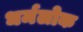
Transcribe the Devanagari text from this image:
धर्मलोक